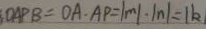
O A P B = O A \cdot A P = \vert m \vert \cdot \vert n \vert = \vert k